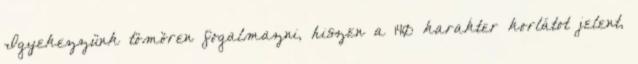
Igyekezzünk tömören fogalmazni, hiszen a 140 karakter korlátot jelent,